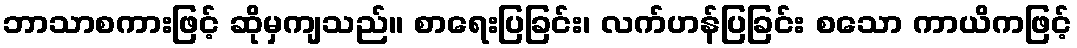
ဘာသာစကားဖြင့် ဆိုမှကျသည်။ စာရေးပြခြင်း၊ လက်ဟန်ပြခြင်း စသော ကာယိကဖြင့်